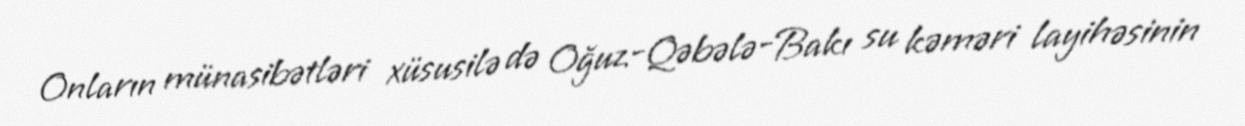
Onların münasibətləri xüsusilə də Oğuz-Qəbələ-Bakı su kəməri layihəsinin